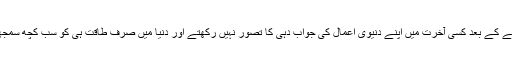
یعنی مرنے کے بعد کسی آخرت میں اپنے دنیوی اعمال کی جواب دہی کا تصور نہیں رکھتے اور دنیا میں صرف طاقت ہی کو سب کچھ سمجھتے ہیں ۔